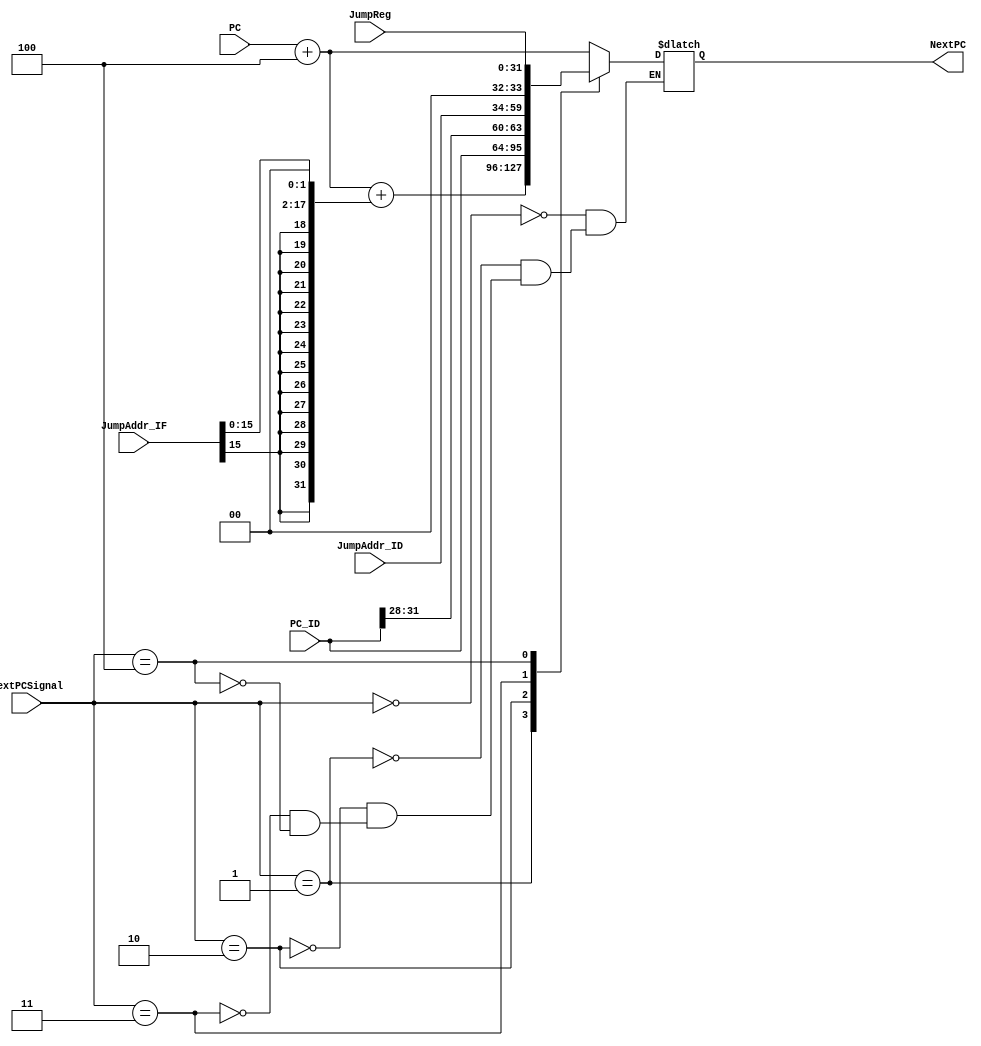
module NextPC(
    input [2:0] NextPCSignal,
    input [31:0] PC,
    input [31:0] PC_ID,
    input [25:0] JumpAddr_IF,
    input [25:0] JumpAddr_ID,
    input [31:0] JumpReg,
    output reg [31:0] NextPC
    );
    
    wire [31:0] NextPC_IF;
    assign NextPC_IF = PC + 4;
    always @(*) begin
        case (NextPCSignal)
          3'b000: NextPC = NextPC_IF;
          3'b001: NextPC =  NextPC_IF + { {14{JumpAddr_IF[15]}}, JumpAddr_IF[15:0], 2'b00};
          3'b010: NextPC = PC_ID;
          3'b011: NextPC =  {PC_ID[31:28], JumpAddr_ID[25:0], 2'b00};
          3'b100: NextPC = JumpReg;
          default: ;
        endcase    
    end
    
endmodule